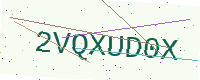
Text: 2VQXUD0X